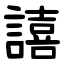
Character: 譆